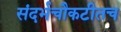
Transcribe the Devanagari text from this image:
संदर्भचौकटीतच